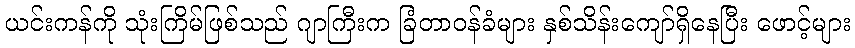
ယင်းကန်ကို သုံးကြိမ်ဖြစ်သည် ဂျာကြီးက ခြံတာဝန်ခံများ နှစ်သိန်းကျော်ရှိနေပြီး ဖောင့်များ